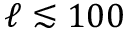
\ell \lesssim 1 0 0